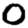
Digit: 0